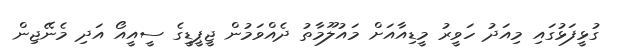
ގުޅީފަޅުގައި މިއަދު ހަވީރު މީޑިއާއަށް މައުލޫމާތު ދެއްވަމުން ޖީޕީޑީގެ ސީއީއޯ އަދި މެނޭޖިން